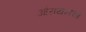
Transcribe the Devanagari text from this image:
ओरायनचा